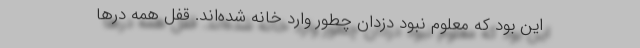
این بود که معلوم نبود دزدان چطور وارد خانه‌ شده‌اند. قفل همه درها